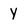
Character: Y